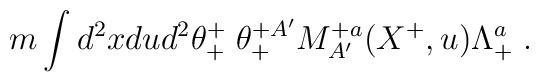
m\int d^2xdu d^2\theta^+_+\; \theta^{+A'}_+ M^{+a}_{A'}(X^+,u) \Lambda^a_+\; .